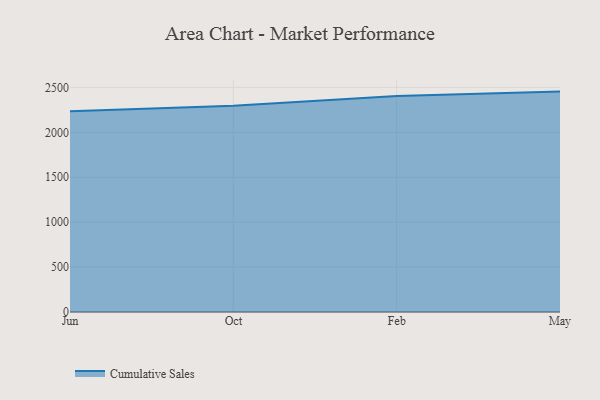
{"axis": {"x": "Month", "y": "Population (Million)"}, "legend": ["Cumulative Sales"], "data": [{"x": "Jun", "y": 2234.2, "type": "Cumulative Sales"}, {"x": "Oct", "y": 2296.4, "type": "Cumulative Sales"}, {"x": "Feb", "y": 2404.3, "type": "Cumulative Sales"}, {"x": "May", "y": 2453.2, "type": "Cumulative Sales"}]}